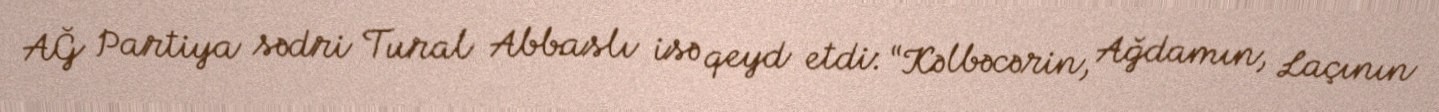
AĞ Partiya sədri Tural Abbaslı isə qeyd etdi: “Kəlbəcərin, Ağdamın, Laçının